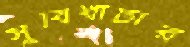
সুবিধাটার